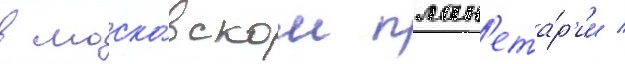
в моско́вском план'ета́р'ии /